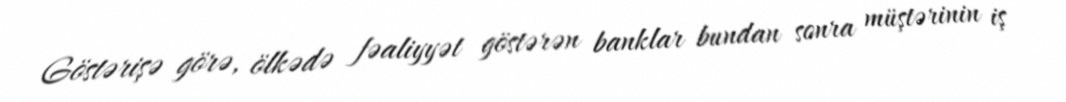
Göstərişə görə, ölkədə fəaliyyət göstərən banklar bundan sonra müştərinin iş